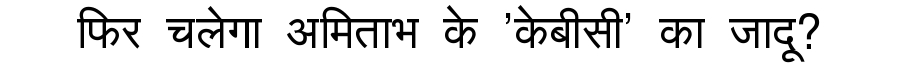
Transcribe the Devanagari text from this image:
फिर चलेगा अमिताभ के 'केबीसी' का जादू?